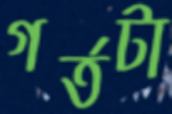
গর্তটা